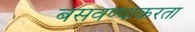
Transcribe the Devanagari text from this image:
बसवण्याकरता